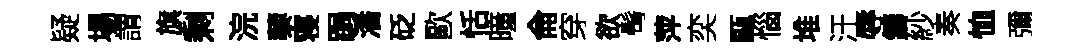
疑場謂旗剩浣藜寝跼潘砭歐恬曈侖穿欲髩萍奕甌惱堆汙辱鑄紗奏恤彌